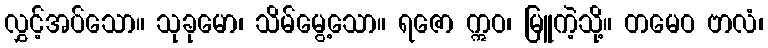
လွှင့်အပ်သော။ သုခုမော၊ သိမ်မွေ့သော။ ရဇော ဣဝ၊ မြူကဲ့သို့။ တမေဝ ဗာလံ၊